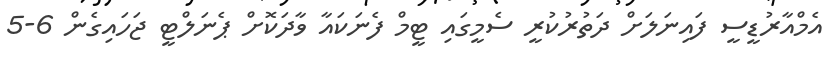
އެމްއާރުޑީސީ ފައިނަލަށް ދަތުރުކުރީ ސެމީގައި ޓީމް ފެނަކައާ ވާދަކޮށް ޕެނަލްޓީ ޖަހައިގެން 6-5